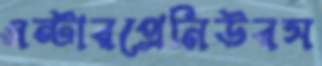
এন্টারপ্রেনিউরস